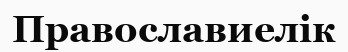
Православиелік